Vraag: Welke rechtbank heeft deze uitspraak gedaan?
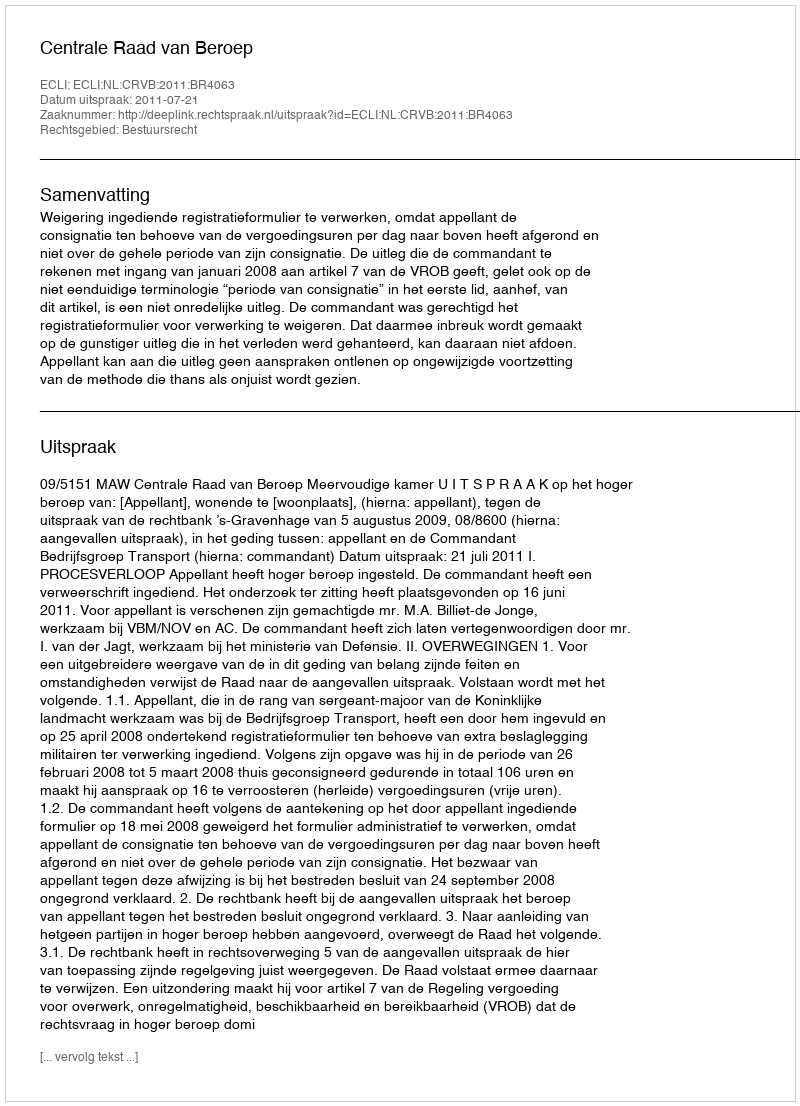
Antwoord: Centrale Raad van Beroep